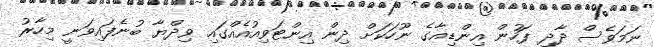
ނަމަވެސް ދާދި ފަހުން އިންޑިއާގެ ނޫހަކަށް ދިން އިންޓަވިއުއެއްގައި ވިދްޔާ ބުނެފައިވަނީ މިހާރު